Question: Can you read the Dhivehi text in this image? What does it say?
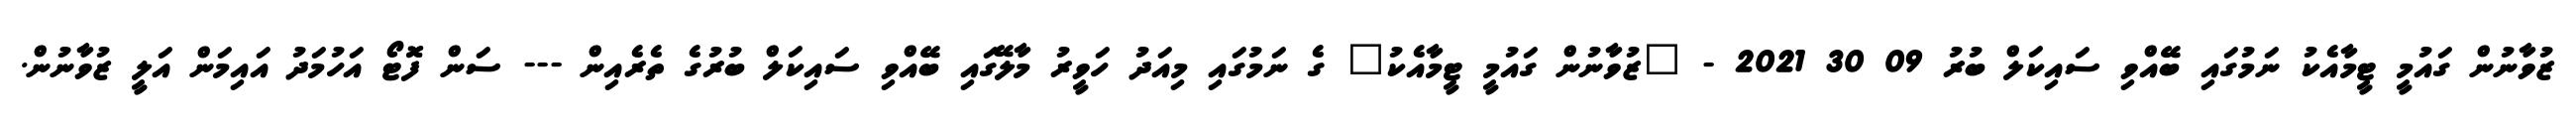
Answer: ޒުވާނުން ގައުމީ ޓީމާއެކު ނަމުގައި ބޭއްވި ސައިކަލް ބުރު 09 30 2021 - "ޒުވާނުން ގައުމީ ޓީމާއެކު" ގެ ނަމުގައި މިއަދު ހަވީރު މާލޭގައި ބޭއްވި ސައިކަލް ބުރުގެ ތެރެއިން --- ސަން ފޮޓޯ އަހުމަދު އައިމަން އަލީ ޒުވާނުން.